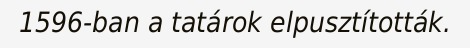
1596-ban a tatárok elpusztították.